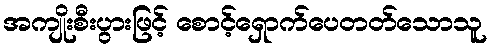
အကျိုးစီးပွားဖြင့် စောင့်ရှောက်ပေတတ်သောသူ